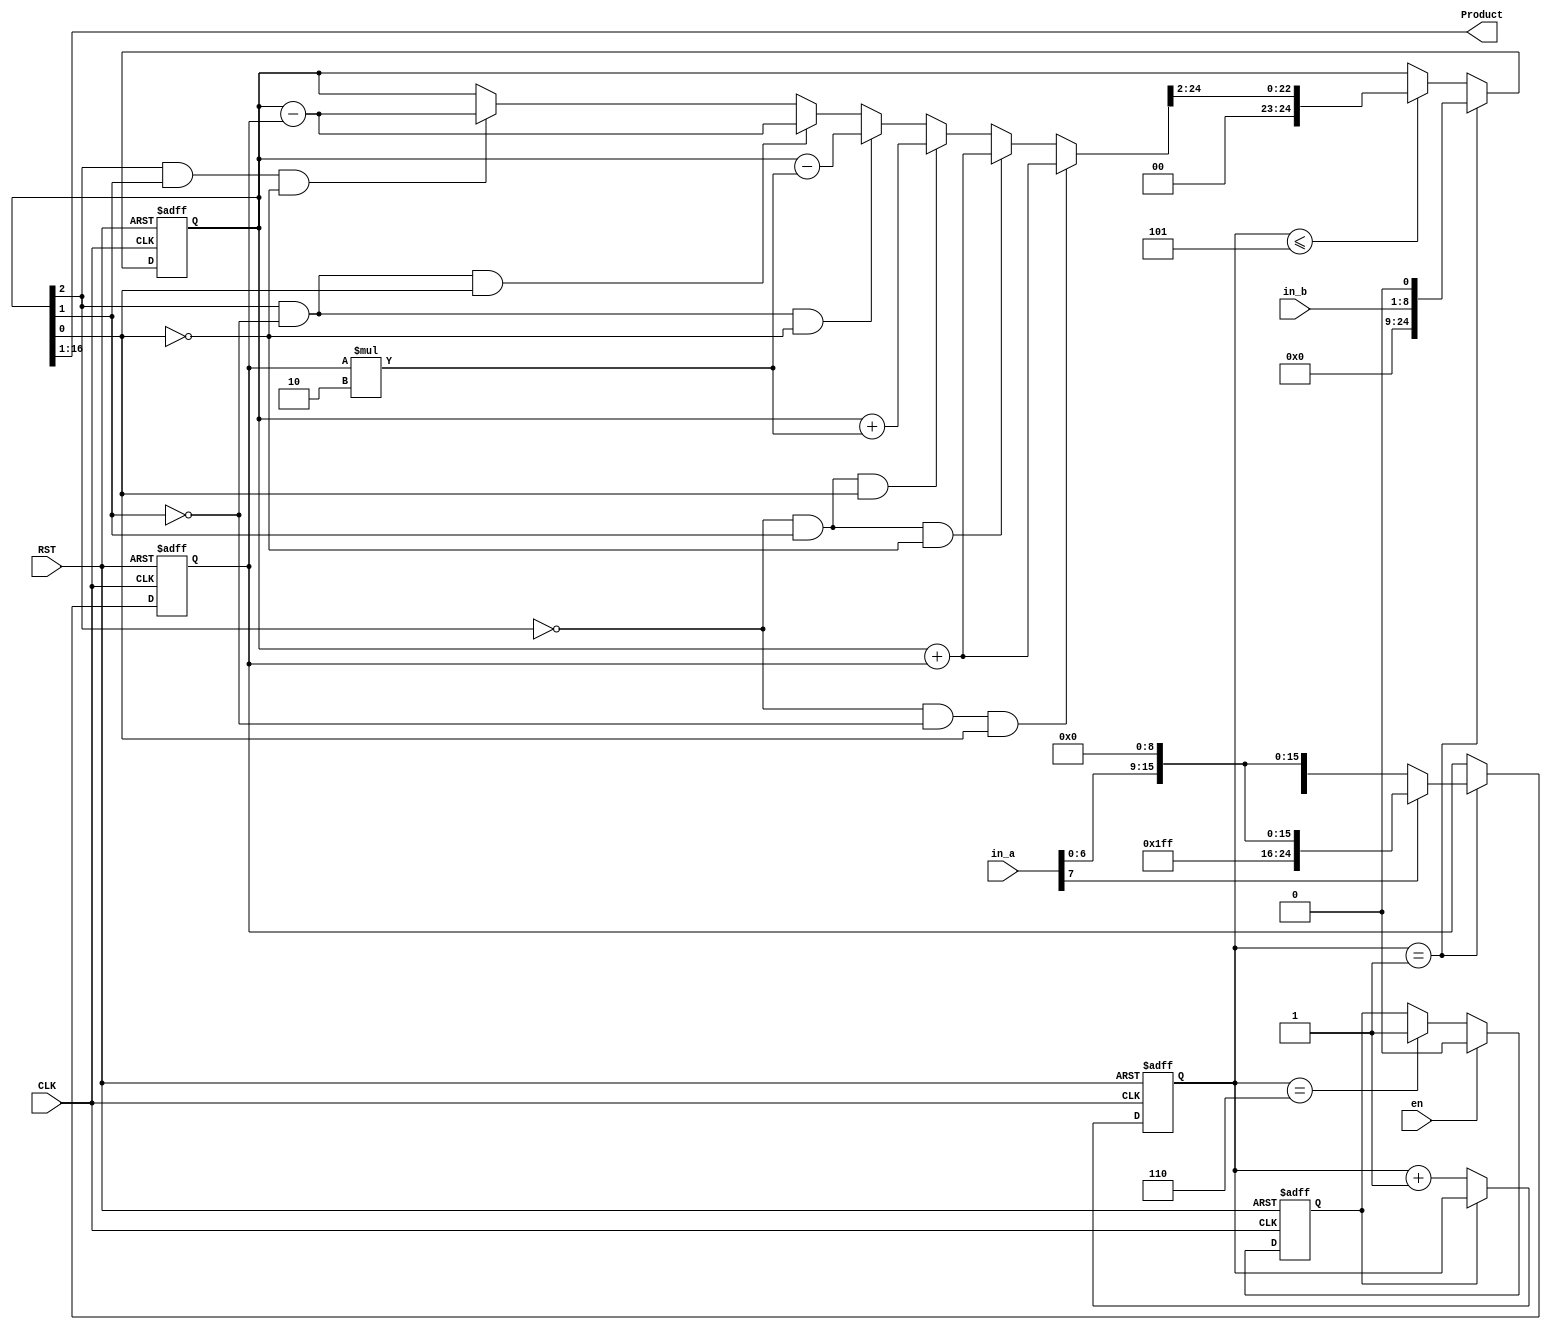

`timescale 1ns/1ps

module lab(
	CLK, 
	RST,
	en,
	in_a, 
	in_b, 
	Product
);
// in_a * in_b = Product
// in_a is Multiplicand , in_b is Multiplier
					

input 			CLK, RST;
input			en;
input  	[7:0]	in_a;			// Multiplicand
input  	[7:0]	in_b;			// Multiplier
output	[15:0]  	Product;

reg  [24:0] Mplicand;		
reg signed [24:0]	Product_booth;
reg 		  [2:0]  Counter;
//reg [15:0] Product;
assign Product = Product_booth[16:1];
reg mpy_done;

always @(posedge CLK or posedge RST) begin
	if(RST)
		mpy_done <= 1'b1;
	else if(en)
		mpy_done <= 1'b0;
	else if(Counter==3'd6)
		mpy_done <= 1'b1;
	else
		mpy_done <= mpy_done;
end
//Counter
always @(posedge CLK or posedge RST)
begin
	if (RST)
		Counter <= 3'b0;
	else if (~mpy_done)
		Counter <= Counter + 1'b1;
	else
		Counter <= Counter;
end

//Product
always @(posedge CLK or posedge RST)
begin
	if (RST) begin
		Product_booth  <= 25'b0;
		Mplicand <= 25'b0;
	end

	else if (Counter == 3'd1) begin
	    if(in_a[7]==0)
		   Mplicand <= {8'b0,in_a, 9'b0};
		else
		   Mplicand<= {8'b11111111,in_a,9'b0};
		Product_booth <= {16'b0, in_b, 1'b0};	
	end
	
	else if (Counter <= 3'd5)begin
	
	  	  
	  if (Product_booth[2]==0 && Product_booth[1]==0 && Product_booth[0]==1)begin
	       Product_booth=Product_booth + Mplicand;
	  end
	  
	  else if (Product_booth[2]==0 && Product_booth[1]==1 && Product_booth[0]==0)begin
	       Product_booth=Product_booth + Mplicand;
	  end
	  
	  else if (Product_booth[2]==0 && Product_booth[1]==1 && Product_booth[0]==1)begin
	       Product_booth=Product_booth + Mplicand*2;
	  end
	  
	  else if (Product_booth[2]==1 && Product_booth[1]==0 && Product_booth[0]==0)begin
	       Product_booth=Product_booth - Mplicand*2;
	  end
	  
	  else if (Product_booth[2]==1 && Product_booth[1]==0 && Product_booth[0]==1)begin
	       Product_booth=Product_booth - Mplicand;
	  end
	  
	  else if (Product_booth[2]==1 && Product_booth[1]==1 && Product_booth[0]==0)begin
	       Product_booth=Product_booth - Mplicand;
	  end
	  
	  
	  Product_booth = Product_booth >> 2'd2;
	
	end
	else begin
		Product_booth <= Product_booth;
		Mplicand <= Mplicand;
	end
end



endmodule